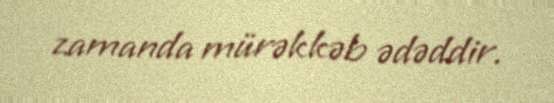
zamanda mürəkkəb ədəddir.